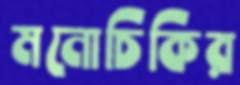
মনোচিকির